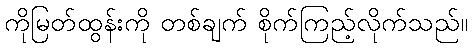
ကိုမြတ်ထွန်းကို တစ်ချက် စိုက်ကြည့်လိုက်သည်။